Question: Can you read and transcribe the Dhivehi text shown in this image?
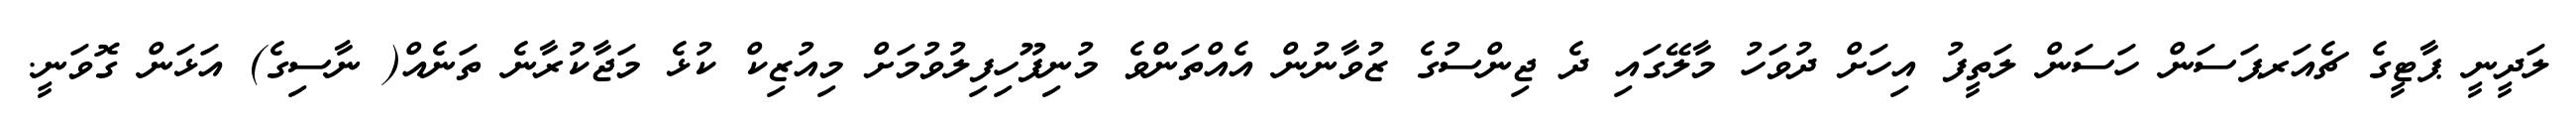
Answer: ލަދީނީ ޕާޓީގެ ޗެއަރޕަސަން ހަސަން ލަތީފު އިހަށް ދުވަހު މާލޭގައި ދެ ޖިންސުގެ ޒުވާނުން އެއްތަންވެ މުނިފޫހިފިލުވުމަށް މިއުޒިކް ކުޅެ މަޖާކުރާނެ ތަނެއް( ނާސިގެ) އަޅަން ގޮވަނީ.